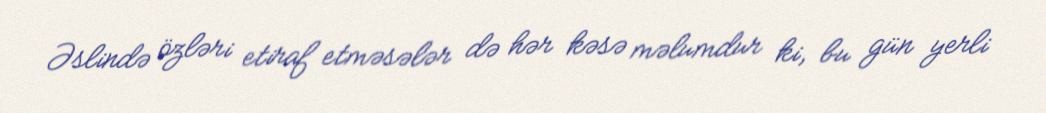
Əslində özləri etiraf etməsələr də hər kəsə məlumdur ki, bu gün yerli